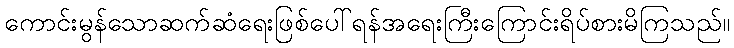
ကောင်းမွန်သောဆက်ဆံရေးဖြစ်ပေါ်ရန်အရေးကြီးကြောင်းရိပ်စားမိကြသည်။